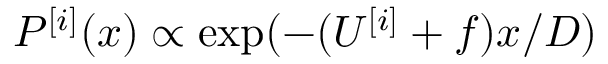
P ^ { [ i ] } ( x ) \propto \exp ( { - ( U ^ { [ i ] } + f ) x / D } )